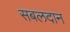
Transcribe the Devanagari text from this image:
सबलदान